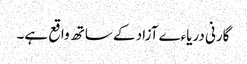
گارنی دریاءے آزاد کے ساتھ واقع ہے۔